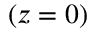
( z = 0 )